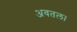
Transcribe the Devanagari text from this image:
अवतल।